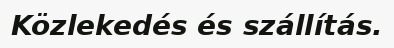
Közlekedés és szállítás.